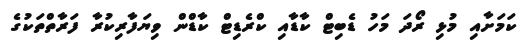
ކަމަށާއި މުޅި ރޯދަ މަހު ޑެބިޓް ކާޑާއި ކްރެޑިޓް ކާޑްން ވިޔަފާރިކުރާ ފަރާތްތަކުގެ